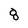
Character: 8